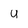
Character: U